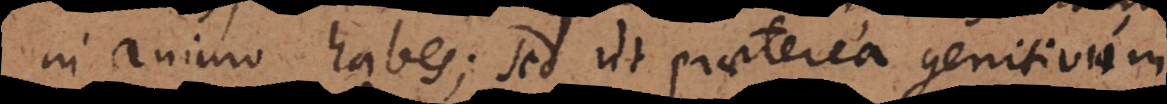
in animo habes; sed ut praeterea genitivum